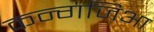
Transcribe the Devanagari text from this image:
कन्गजिआ